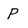
Character: p